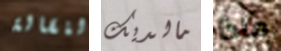
النقالة مالديك ماذا